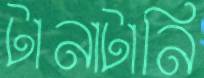
টানাটানি